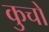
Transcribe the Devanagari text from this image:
कुचों